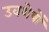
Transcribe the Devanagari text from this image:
उवशेषों